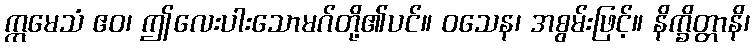
ဣမေသံ ဧဝ၊ ဤလေးပါးသောမဂ်တို့၏ပင်။ ဝသေန၊ အစွမ်းဖြင့်။ နိက္ခိတ္တာနိ၊